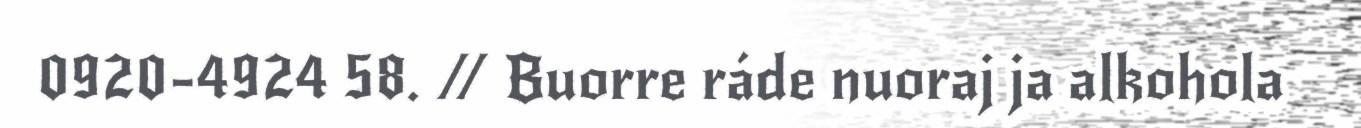
0920-4924 58. // Buorre ráde nuoraj ja alkohola